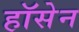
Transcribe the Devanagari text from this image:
हॉसेन